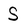
Character: S